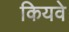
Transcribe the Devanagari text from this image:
कियवे